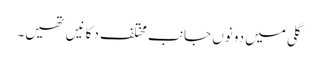
گلی میں دونوں جانب مختلف دکانیں تھیں۔